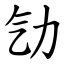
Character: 㔕